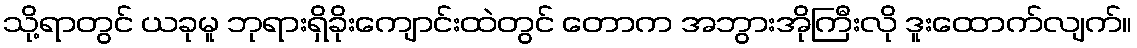
သို့ရာတွင် ယခုမူ ဘုရားရှိခိုးကျောင်းထဲတွင် တောက အဘွားအိုကြီးလို ဒူးထောက်လျက်။